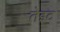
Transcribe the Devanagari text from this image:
तेइट